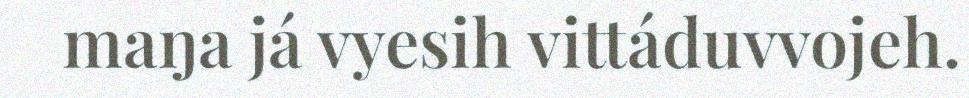
maŋa já vyesih vittáduvvojeh.